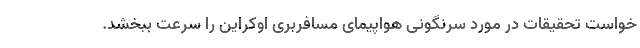
خواست تحقیقات در مورد سرنگونی هواپیمای مسافربری اوکراین را سرعت ببخشد.